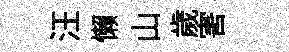
汪懒山歲害